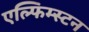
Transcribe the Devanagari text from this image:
एल्फिम्स्टन